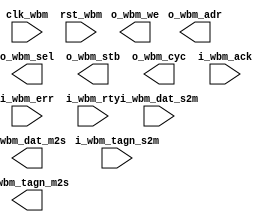
module MNR0_cpu # (
    parameter           p_adr = 10,         // number of Address lines
                        p_tga = 1,          // number of Address Tag lines
                        p_dat = 32,         // number of Data lines
                        p_tgd = 1,          // number of Data Tag lines
                        p_tag = 1,          // number of old-style Tag lines
                        p_sel = p_dat / 8,  // number of Data Select lines
                        p_tgc = 1)          // number of Cycle Tag lines

(   //  --------    Wishbone Bus Interface  --------

    output [p_adr-1:0]  o_wbm_adr,          // ADR_O()
`ifdef WB_B3_COMP
`ifdef WB_TAGS
    output [p_tga-1:0]  o_wbm_tga,          // TGA_O()
`endif //WB_TAGS
`endif //WB_B3_COMP
    input [p_dat-1:0]   i_wbm_dat_s2m,      // DAT_I()
    output [p_dat-1:0]  o_wbm_dat_m2s,      // DAT_O()
`ifdef WB_B3_COMP
`ifdef WB_TAGS
    input [p_tgd-1:0]   i_wbm_tgd_s2m,      // TGD_I()
    output [p_tgd-1:0]  o_wbm_tgd_m2s,      // TGD_O()
`endif //WB_TAGS
`else
    input [p_tgd-1:0]   i_wbm_tagn_s2m,     // TAGN_I()
    output [p_tgd-1:0]  o_wbm_tagn_m2s,     // TAGN_O()
`endif //WB_B3_COMP
    output [p_sel-1:0]  o_wbm_sel,          // SEL_O()

    output              o_wbm_we,           // WE_O
    output              o_wbm_stb,          // STB_O
    output              o_wbm_cyc,          // CYC_O
`ifdef WB_B3_COMP
`ifdef WB_TAGS
    output [p_tgc-1:0]  o_wbm_tgc,          // TGC_O()
`endif //WB_TAGS
`ifdef WB_BURST
    output [2:0]        o_wbm_cti,          // CTI_O()
    output [1:0]        o_wbm_bte,          // BTE_O()
`endif //WB_BURST
    output              o_wbm_lock,         // LOCK_O
`endif //WB_B3_COMP

`ifdef WB_B4_COMP
    input               i_wbm_stall,        // STALL_I
`endif //WB_B4_COMP
    input               i_wbm_ack,          // ACK_I
    input               i_wbm_err,          // ERR_I
    input               i_wbm_rty,          // RTY_I

    input               clk_wbm,            // CLK_I()
    input               rst_wbm);           // RST_I()

//  ------------    instantiation       -------------------------------

//rv32e_core # (
//) u_rv32e (
//);

endmodule